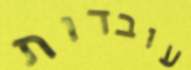
עובדות